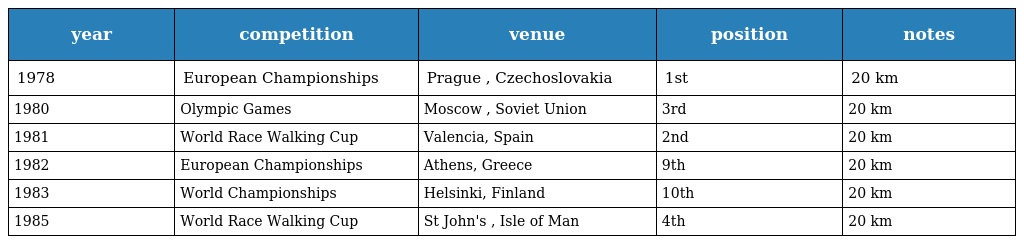
| year | competition | venue | position | notes |
 | --- | --- | --- | --- | --- |
 | 1978 | European Championships | Prague , Czechoslovakia | 1st | 20 km |
 | 1980 | Olympic Games | Moscow , Soviet Union | 3rd | 20 km |
 | 1981 | World Race Walking Cup | Valencia, Spain | 2nd | 20 km |
 | 1982 | European Championships | Athens, Greece | 9th | 20 km |
 | 1983 | World Championships | Helsinki, Finland | 10th | 20 km |
 | 1985 | World Race Walking Cup | St John's , Isle of Man | 4th | 20 km |